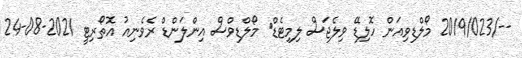
--/2019/023 މޯލްޑިވިއަން ހޮލިޑޭ ވިލެޖަސް ލިމިޓެޑް	 މޯލްޑިވްސް އިންލަންޑް ރެވެނިއު އޮތޯރިޓީ 2021-08-24